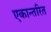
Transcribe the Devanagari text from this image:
एकान्तरित